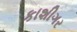
કાશીગર